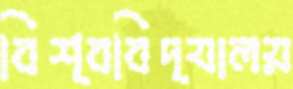
বিশ্ববিদ্যালয়